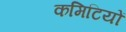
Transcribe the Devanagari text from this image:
कमिटियों